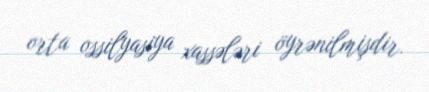
orta ossilyasiya xassələri öyrənilmişdir.